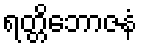
ရတ္တိဘောဇနံ